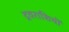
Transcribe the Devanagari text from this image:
द्रवराशियों